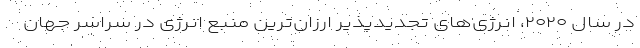
در سال ۲۰۲۰، انرژی‌های تجدیدپذیر ارزان‌ترین منبع انرژی در سراسر جهان